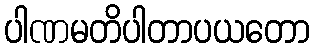
ပါဏမတိပါတာပယတော